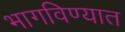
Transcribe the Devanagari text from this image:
भागविण्यात